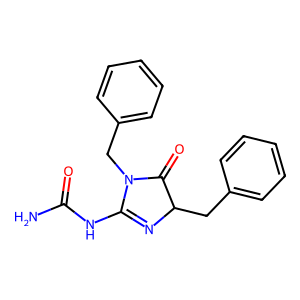
SMILES: NC(=O)NC1=NC(Cc2ccccc2)C(=O)N1Cc1ccccc1
Inhibits HIV replication: No